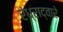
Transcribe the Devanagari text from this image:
रंध्राद्वारे